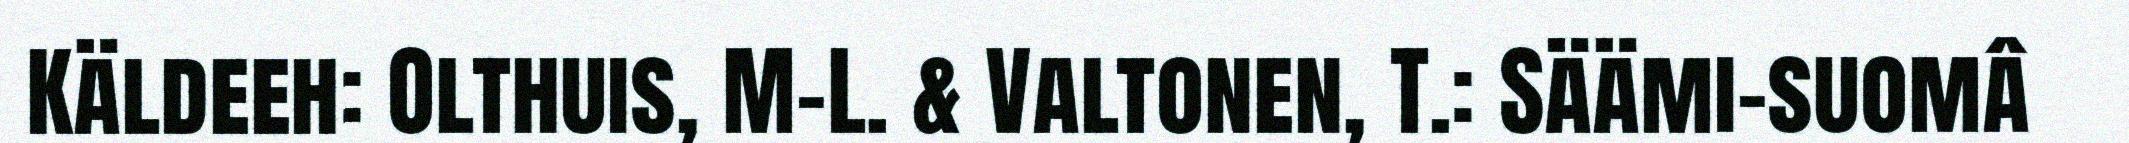
Käldeeh: Olthuis, M-L. & Valtonen, T.: Säämi-suomâ